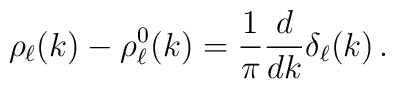
\rho_\ell(k) - \rho^0_\ell(k) = \frac{1}{\pi} \frac{d}{dk} \delta_\ell(k) \,.